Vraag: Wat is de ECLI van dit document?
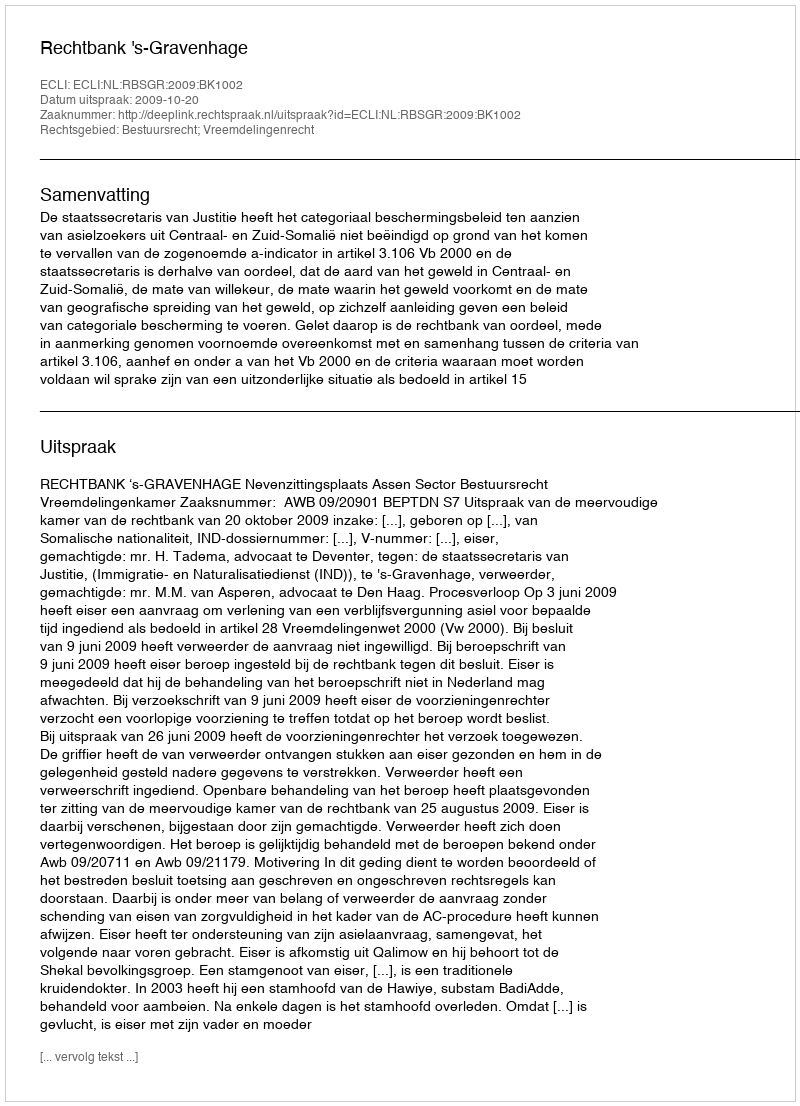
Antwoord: ECLI:NL:RBSGR:2009:BK1002